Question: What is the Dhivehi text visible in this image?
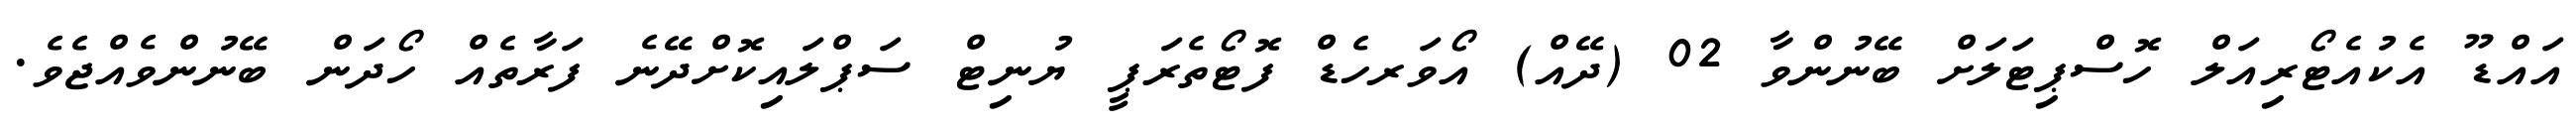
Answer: އައްޑޫ އެކުއެޓޯރިއަލް ހޮސްޕިޓަލަށް ބޭނުންވާ 02 (ދޭއް) އޯވަރހެޑް ފޮޓޯތެރަޕީ ޔުނިޓް ސަޕްލައިކޮށްދޭނެ ފަރާތެއް ހޯދަން ބޭނުންވެއްޖެވެ.